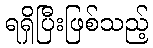
ရရှိပြီးဖြစ်သည့်